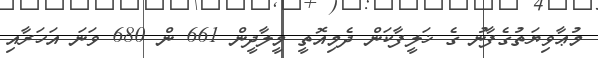
މުޢާވިޔަތުގެފާނު ގެ ޚަލީފާކަން ދެމިއޮތީ މީލާދީން 661 ން 680 ވަނަ އަހަރާއި